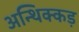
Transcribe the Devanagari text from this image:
अन्थिक्कड़